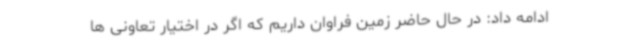
ادامه داد: در حال حاضر زمین فراوان داریم که اگر در اختیار تعاونی ها